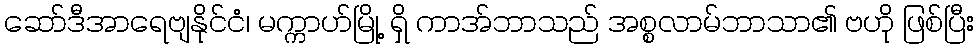
ဆော်ဒီအာရေဗျနိုင်ငံ၊ မက္ကာဟ်မြို့ ရှိ ကာအ်ဘာသည် အစ္စလာမ်ဘာသာ၏ ဗဟို ဖြစ်ပြီး